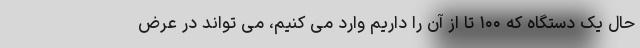
حال یک دستگاه که ۱۰۰ تا از آن را داریم وارد می کنیم، می تواند در عرض